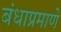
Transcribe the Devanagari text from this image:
बंधाप्रमाणे